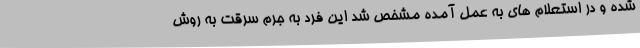
شده و در استعلام های به عمل آمده مشخص شد این فرد به جرم سرقت به روش